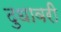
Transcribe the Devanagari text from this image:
दुधावरी